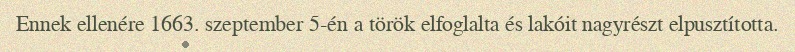
Ennek ellenére 1663. szeptember 5-én a török elfoglalta és lakóit nagyrészt elpusztította.